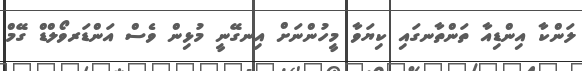
ލަންކާ އިންޑިއާ ތަންތާނގައި ކިޔަވާ މީހުންނަށް އިނގޭނީ މުޅިން ވެސް އަންޑަރވޯލްޑް ގޭމް